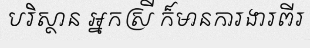
បរិស្ថាន អ្នកស្រី ក៏មានការងារពីរ